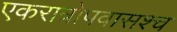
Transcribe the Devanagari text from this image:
एकरात्रोपवासश्च